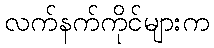
လက်နက်ကိုင်များက